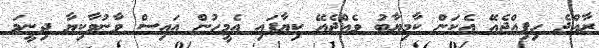
ރާއްޖެ ހިފިއްޖެއޭ އެކަން ކާމިޔާބު ވެއްޖެއޭ ކިޔާފައި އެމީހުން އައިސް ވާނުވާކިޔާ ދިނީމަ